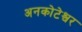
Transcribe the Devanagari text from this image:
अनकोटेश्वर